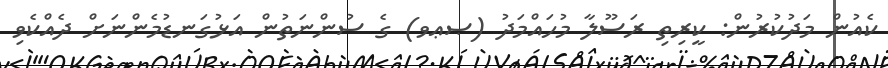
ކެއުން މަދުކުރުން: ކީރިތި ރަސޫލާ މުހައްމަދު (ޞޢވ) ގެ ސުންނަތުން އަޅުގަނޑުމެންނަށް ދެއްކެވި